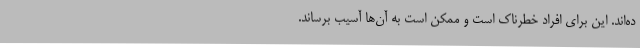
ده‌اند. این برای افراد خطرناک است و ممکن است به آن‌ها آسیب برساند.